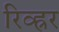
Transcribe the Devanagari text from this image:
रिव्ह्रर